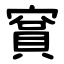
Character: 䆬